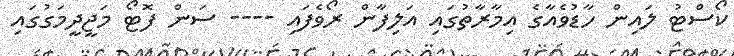
ކޯސްޓު ލައިން ހާޑުވެއާގެ އިމާރާތުގައި އަލިފާން ރޯވެފައި ---- ސަން ފޮޓޯ މަޖީދީމަގުގައި